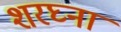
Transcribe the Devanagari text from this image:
शरघ्ना